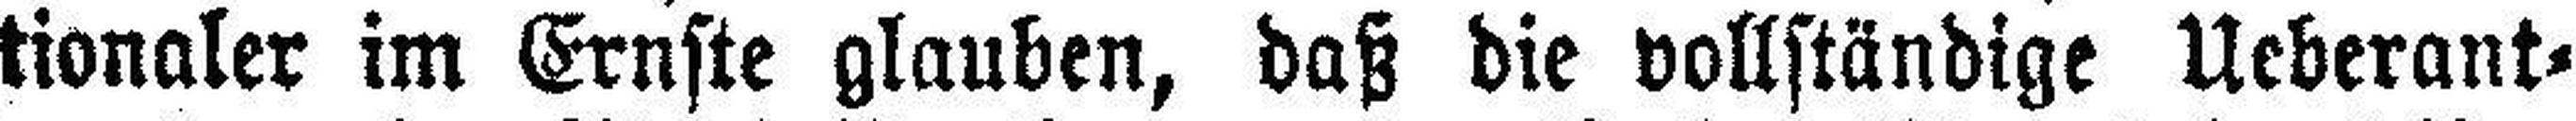
tionaler im Ernste glauben, daß die vollständige Ueberant¬